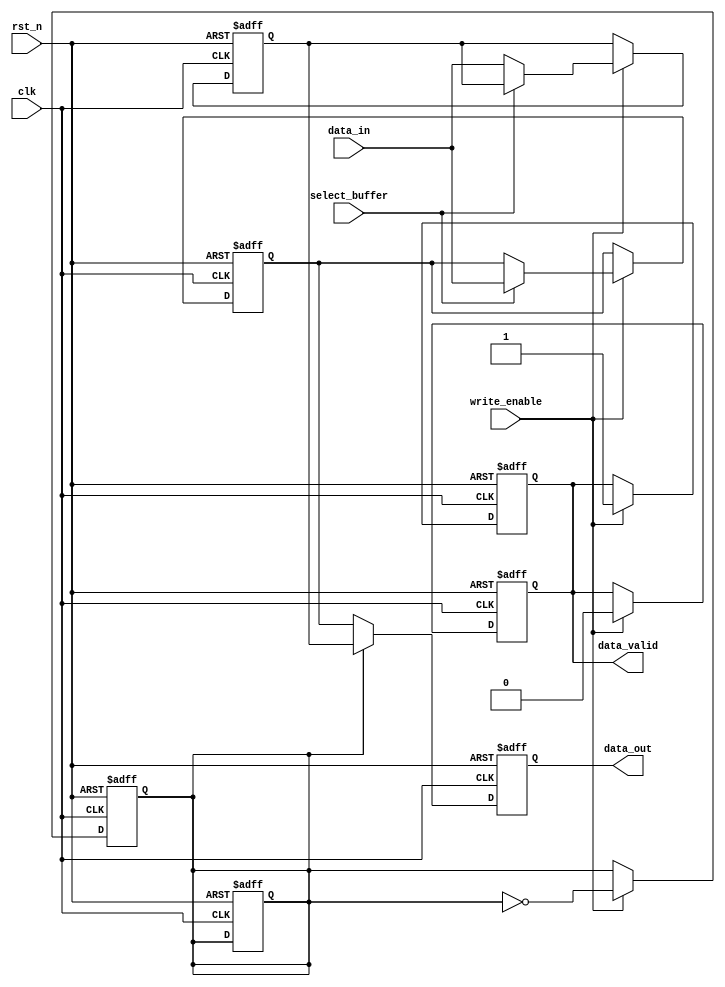
module double_buffer_register (
    input wire clk,                // Clock signal
    input wire rst_n,              // Active low reset signal
    input wire write_enable,       // Write enable signal
    input wire select_buffer,       // Select buffer (0 for Buffer A, 1 for Buffer B)
    input wire [15:0] data_in,     // Input data (16-bit)
    output reg [15:0] data_out,    // Output data (16-bit)
    output reg data_valid          // Data valid signal
);

    // Buffer declarations
    reg [15:0] buffer_a;           // Buffer A
    reg [15:0] buffer_b;           // Buffer B
    reg current_buffer;            // Current buffer flag (0 for Buffer A, 1 for Buffer B)

    // Sequential logic for writing data to the selected buffer
    always @(posedge clk or negedge rst_n) begin
        if (!rst_n) begin
            buffer_a <= 16'b0;
            buffer_b <= 16'b0;
            current_buffer <= 1'b0;
            data_valid <= 1'b0;
        end else begin
            if (write_enable) begin
                if (select_buffer == 1'b0) begin
                    buffer_a <= data_in; // Write to Buffer A
                end else begin
                    buffer_b <= data_in; // Write to Buffer B
                end
                data_valid <= 1'b0; // Data is not valid until the switch
            end
        end
    end

    // Sequential logic for switching buffers and reading data
    always @(posedge clk or negedge rst_n) begin
        if (!rst_n) begin
            data_out <= 16'b0;
            current_buffer <= 1'b0;
            data_valid <= 1'b0;
        end else begin
            if (write_enable) begin
                // Switch the current buffer after write
                current_buffer <= ~current_buffer;
                data_valid <= 1'b1; // Data is now valid after switching
            end
            
            // Read from the buffer that is not currently being written to
            if (current_buffer == 1'b0) begin
                data_out <= buffer_b; // Read from Buffer B
            end else begin
                data_out <= buffer_a; // Read from Buffer A
            end
        end
    end

endmodule